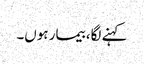
کہنے لگا، بیمار ہوں۔